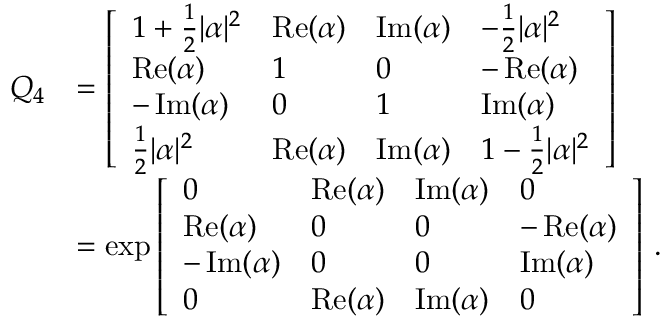
{ \begin{array} { r l } { Q _ { 4 } } & { = { \left[ \begin{array} { l l l l } { 1 + { \frac { 1 } { 2 } } \vert \alpha \vert ^ { 2 } } & { \operatorname { R e } ( \alpha ) } & { \operatorname { I m } ( \alpha ) } & { - { \frac { 1 } { 2 } } \vert \alpha \vert ^ { 2 } } \\ { \operatorname { R e } ( \alpha ) } & { 1 } & { 0 } & { - \operatorname { R e } ( \alpha ) } \\ { - \operatorname { I m } ( \alpha ) } & { 0 } & { 1 } & { \operatorname { I m } ( \alpha ) } \\ { { \frac { 1 } { 2 } } \vert \alpha \vert ^ { 2 } } & { \operatorname { R e } ( \alpha ) } & { \operatorname { I m } ( \alpha ) } & { 1 - { \frac { 1 } { 2 } } \vert \alpha \vert ^ { 2 } } \end{array} \right] } } \\ & { = \exp { \left[ \begin{array} { l l l l } { 0 } & { \operatorname { R e } ( \alpha ) } & { \operatorname { I m } ( \alpha ) } & { 0 } \\ { \operatorname { R e } ( \alpha ) } & { 0 } & { 0 } & { - \operatorname { R e } ( \alpha ) } \\ { - \operatorname { I m } ( \alpha ) } & { 0 } & { 0 } & { \operatorname { I m } ( \alpha ) } \\ { 0 } & { \operatorname { R e } ( \alpha ) } & { \operatorname { I m } ( \alpha ) } & { 0 } \end{array} \right] } ~ . } \end{array} }